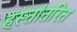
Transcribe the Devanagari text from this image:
हस्‍तांतरित